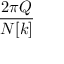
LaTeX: \frac { 2 \pi Q } { N [ k ] }